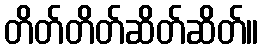
တိတ်တိတ်ဆိတ်ဆိတ်။